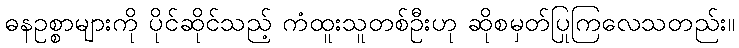
ဓနဥစ္စာများကို ပိုင်ဆိုင်သည့် ကံထူးသူတစ်ဦးဟု ဆိုစမှတ်ပြုကြလေသတည်း။